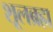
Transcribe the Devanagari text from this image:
शूलब्रह्म